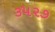
૩૫૨૭